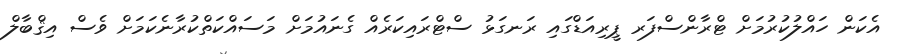
އެކަން ހައްލުކުރުމަށް ޓްރާންސްފަރ ޕީރިއަޑްގައި ރަނގަޅު ސްޓްރައިކަރެއް ގެނައުމަށް މަސައްކަތްކުރާނެކަމަށް ވެސް އިޤްބާލް